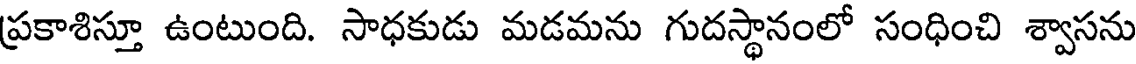
ప్రకాశిస్తూ ఉంటుంది. సాధకుడు మడమను గుదస్థానంలో సంధించి శ్వాసను